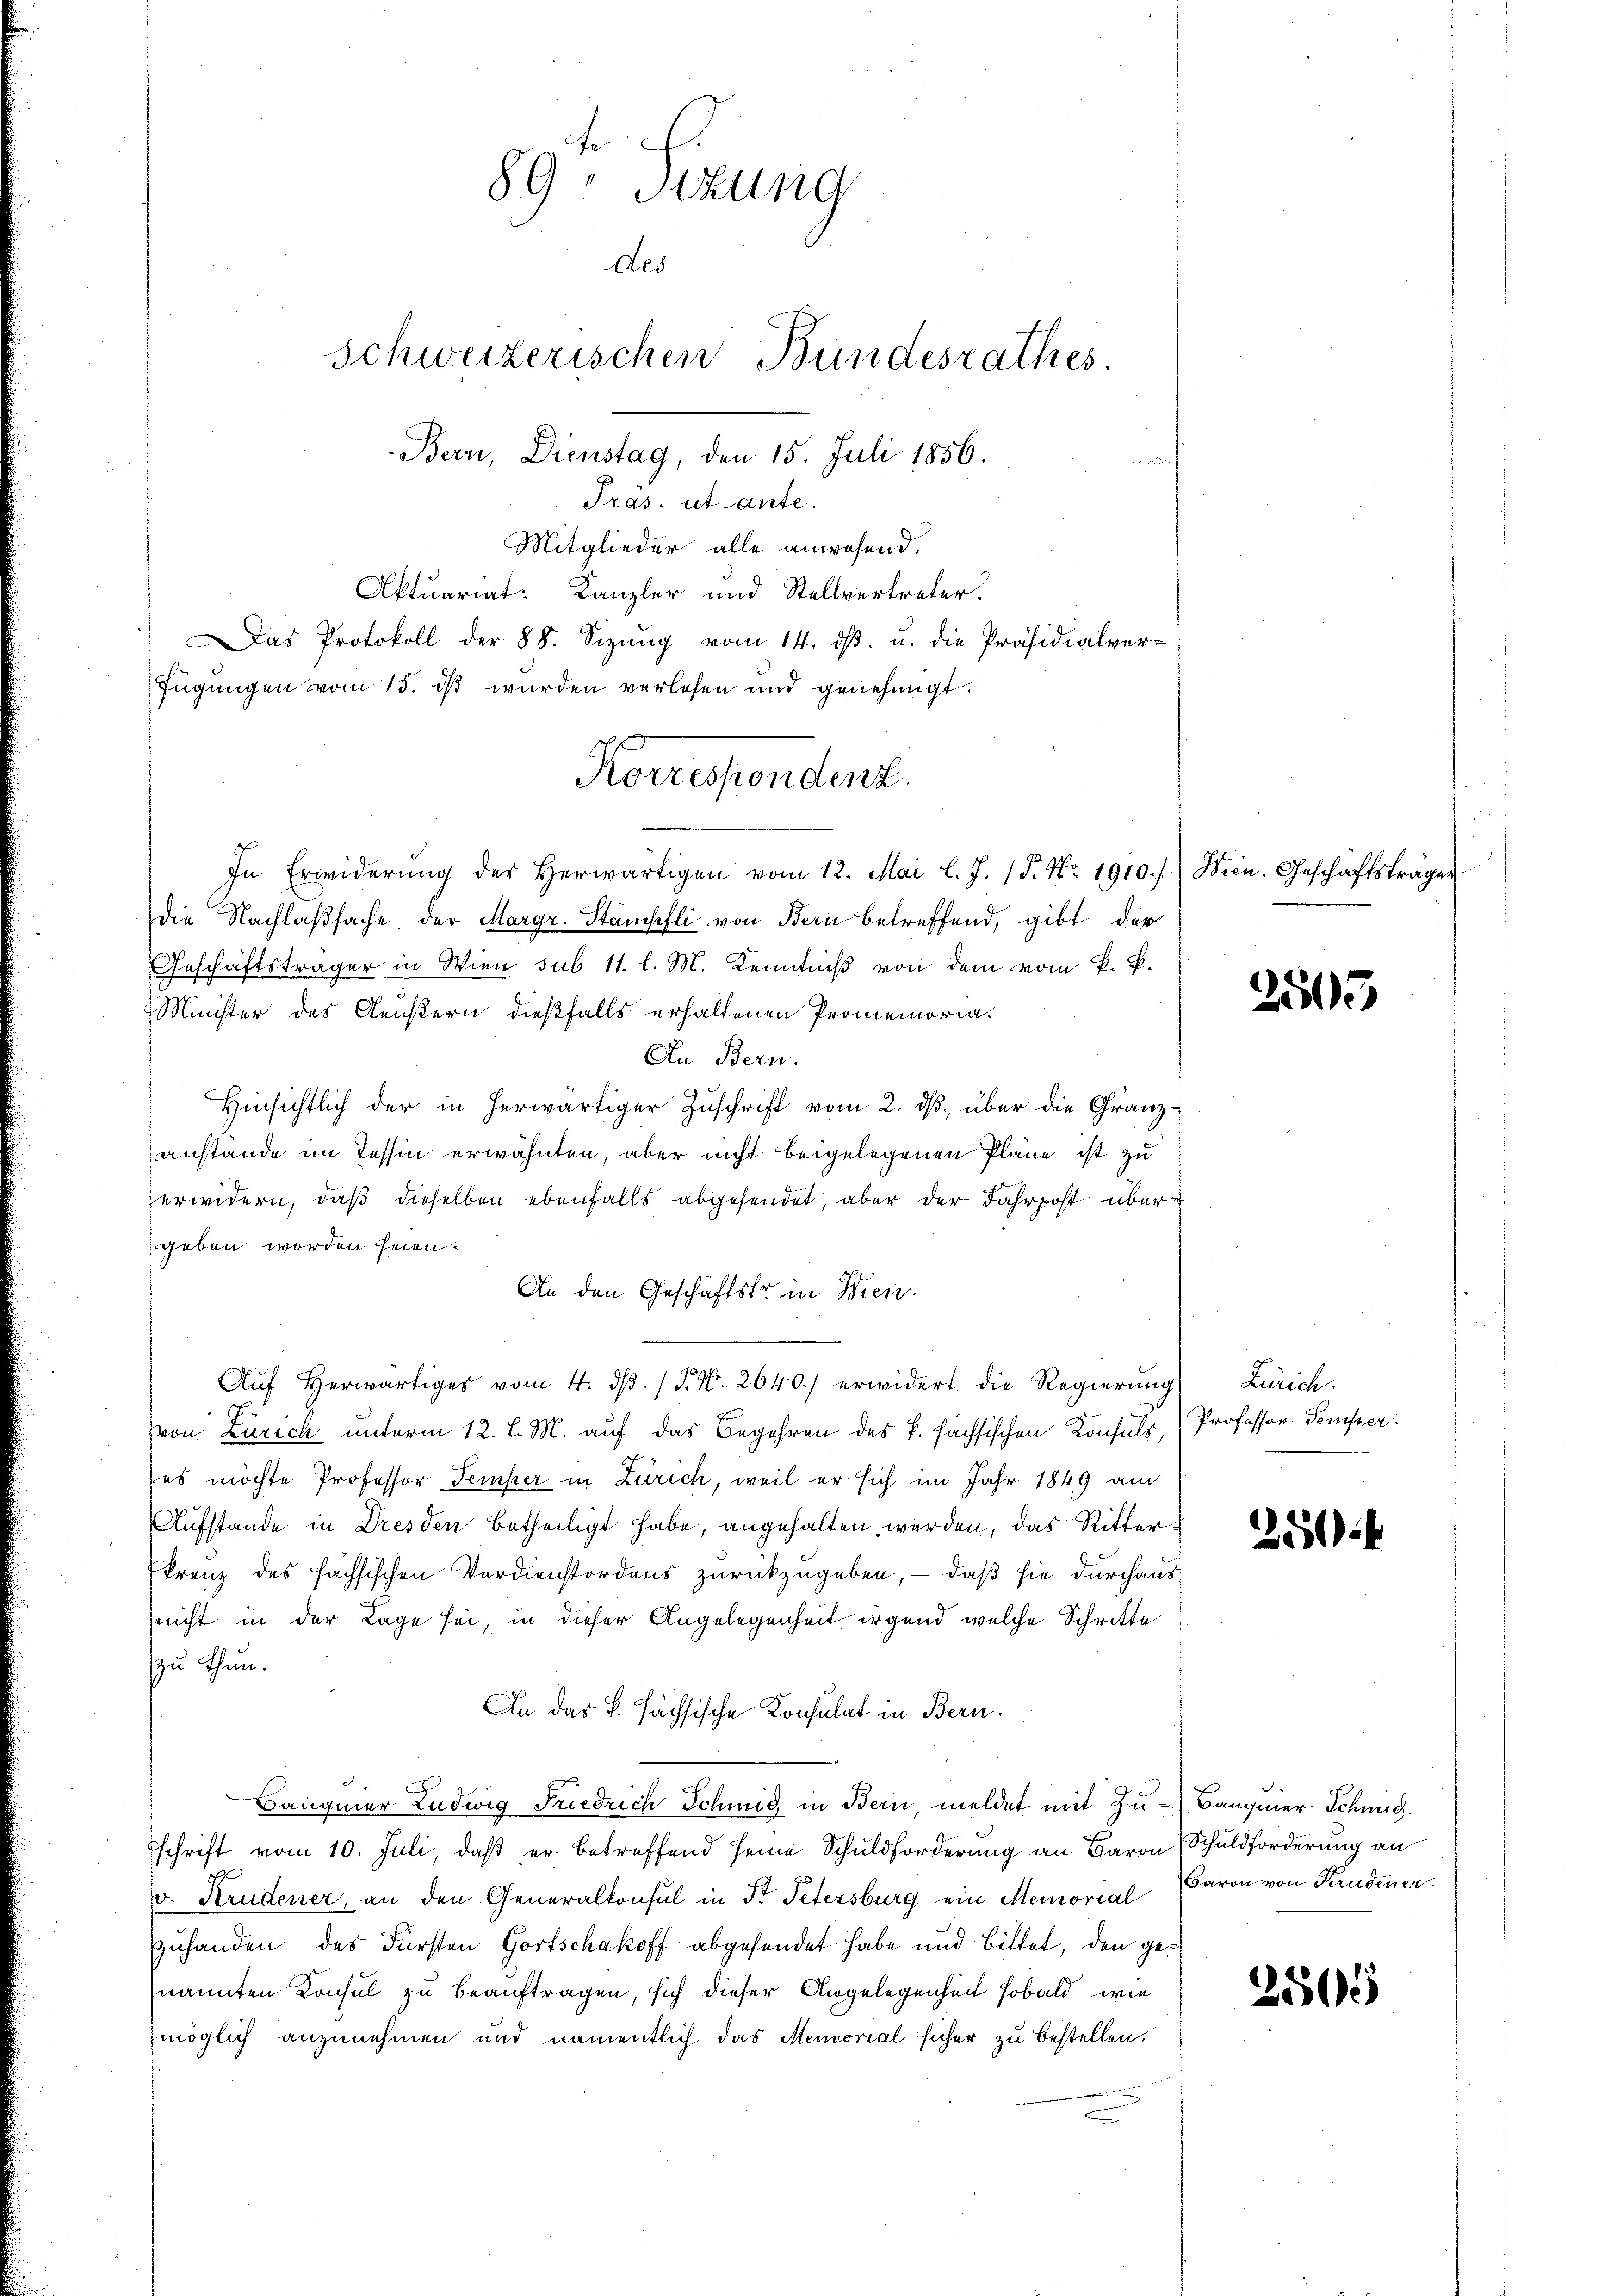
89 Sizung
des
Schweizerischen Bundesrathes.
Bern, Dienstag, den 15. Juli 1856.

Pras. ut ante.
Mitglieder alle anwesend.
Aktuariat: Kanzler und Stellvertreter.
Das Protokoll der 88. Sizŭng vom 14. dβ. u. die Präsidialver-
fügungen vom 15. ds wurden verlesen und genehmigt.
In Erwiderŭng des herwärtigen vom 12. Mai l. J. (T. Nr. 1910./) Wien. Geschäftsträger
Die Nachlaßsache, der Margr. Stämpfli von Bern betreffend, gibt der
Geschäftsträger in Wien sub 11. l. M. Kenntniß von dem vom P. P.
Minister des Aeustern dießfalls erhaltenen Promemoria.
An Bern.
Hinsichtlich der in herwärtiger Zuschrift vom 2. dβ über die Granz-
anstande im Tessin erwähnten, aber nicht beigelegenen Pläne ist zu
erwidern, daß dieselben ebenfalls abgesendet, aber der Fahrpost übergeben worden seien.
An den Geschäftstr in Bien.
Auf herwärtiges vom 4. dβ. / P. Nr. 2640.) erwidert die Regierŭng Zürich.
von Zürich unterm 12. l. M. auf das Begehren des k. sächsischen Konsuls,
es möchte Professor Temper in Zürich, weil er sich im Jahr 1849 am
Aufstande in Dresden betheiligt habe, angehalten werden, das Ritterkrenz des fachsischen Verdienstordens zurückzugeben, – daß sie durchaus
nicht in der Lage sei, in dieser Angelegenheit irgend welche Schritte
zu thun.
An das k. Hächsische Konsulat in Bern.
Bauger Ludwig Friedrich Schmid in Bern, meldet mit Zu-Banquer Schng.
schrift vom 10. Juli, daß er betreffend seine Schuldforderung an Baron Schuldforderung an
v. Krudener, an den Generalkonsul in St. Petersburg ein Memorial Baron von Krudener.
zuhanden des Fürsten Gortschakoff abgesendet habe und bittet, den genannten Konsul zu beauftragen, sich dieser Angelegenheit sobald, wie
möglich anzunehmen und namentlich das Memorial sicher zu bestellen.

Korrespondert.

2503

Professor Temper.

250f

2505